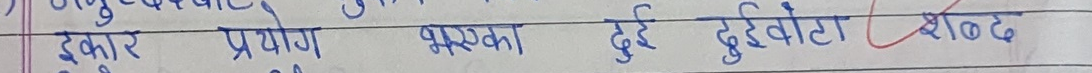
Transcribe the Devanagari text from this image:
इकार प्रयोग भएका दुई दुईवटा शब्द